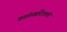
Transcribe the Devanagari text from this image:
वसंतखाँदेशपांडे